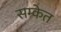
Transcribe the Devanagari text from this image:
सम्केत